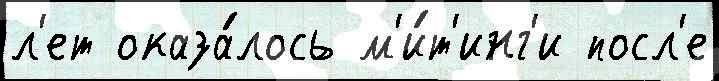
л'ет оказа́лось м'и́т'инг'и посл'е